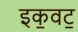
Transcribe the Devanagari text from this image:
इक॒वट॒